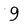
Character: 9